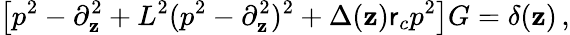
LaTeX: \left[p^{2}-\partial_{\mathbf{z}}^{2}+L^{2}(p^{2}-\partial_{\mathbf{z}}^{2})^{2}+\Delta(\mathbf{z})\mathsf{r}_{c}p^{2}\right]G=\delta(\mathbf{z})\, ,